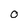
Character: O